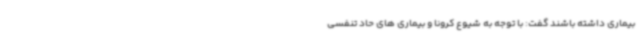
بیماری داشته باشند گفت: با توجه به شیوع کرونا و بیماری های حاد تنفسی